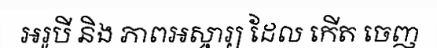
អរូបី និង ភាពអស្ចារ្យ ដែល កើត ចេញ